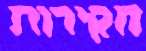
חקירות